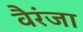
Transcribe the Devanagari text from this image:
वैरंजा